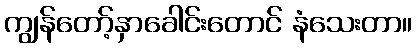
ကျွန်တော့်နှာခေါင်းတောင် နံသေးတာ။